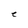
Character: e